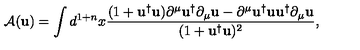
\mathrm { \cal { A } } ( { \mathbf { u } } ) = \int d ^ { 1 + n } x \frac { ( 1 + { \mathbf { u } } ^ { \dag } { \mathbf { u } } ) \partial ^ { \mu } { \mathbf { u } } ^ { \dag } \partial _ { \mu } { \mathbf { u } } - \partial ^ { \mu } { \mathbf { u } } ^ { \dag } { \mathbf { u } } { \mathbf { u } } ^ { \dag } \partial _ { \mu } { \mathbf { u } } } { ( 1 + { \mathbf { u } } ^ { \dag } { \mathbf { u } } ) ^ { 2 } } ,